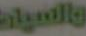
والسيات